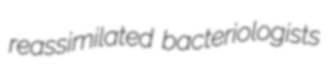
reassimilated bacteriologists